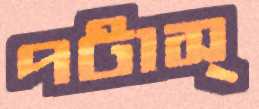
পটাস্‌